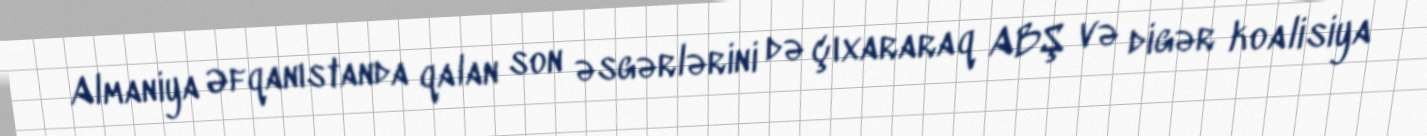
Almaniya Əfqanıstanda qalan son əsgərlərini də çıxararaq ABŞ və digər koalisiya